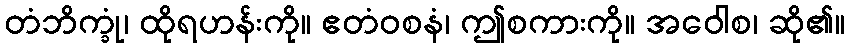
တံဘိက္ခုံ၊ ထိုရဟန်းကို။ ဧတံဝစနံ၊ ဤစကားကို။ အဝေါစ၊ ဆို၏။